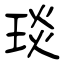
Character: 琰